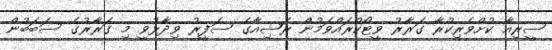
ސީރިއާ ކުށްވެރިކުރާ ގަރާރު ވީޓޯކުރައްވަމުން ރަޝިއާގެ ސަފީރު ވިދާޅުވީ މި ގަރާރުގެ ސަބަބުން